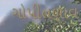
ગોપીતળાવ